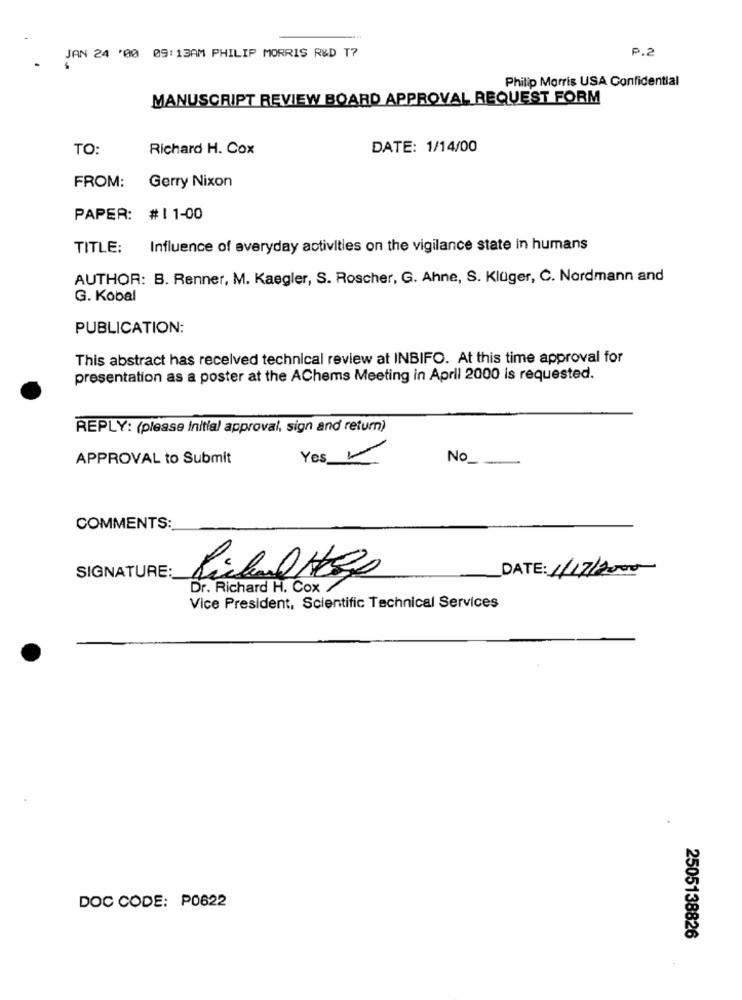
P.2
JAN 24 '00 09:13AM PHILIP MORRIS R&D T7
Philip Morris USA Confidential
MANUSCRIPT REVIEW BOARD APPROVAL REQUEST FORM
TO
Richard H. Cox
DATE: 1/14/00
Gerry Nixon
FROM:
PAPER: #11-00
TITLE: Influence of everyday activities on the vigilance state in humans
AUTHOR: B. Renner, M. Kaegler, S. Roscher, G. Ahne, S. Klüger, C. Nordmann and
G. Kobal
PUBLICATION:
This abstract has received technical review at INBIFO. At this time approval for
presentation as a poster at the AChems Meeting in April 2000 is requested.
REPLY: (please Initial approval, sign and return)
APPROVAL to Submit
Yes -
No_
COMMENTS:
SIGNATURE:
DATE: /
Dr. Richard H. Cox
Vice President, Scientific Technical Services
DOC CODE: P0622
2505138826